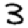
Digit: 3